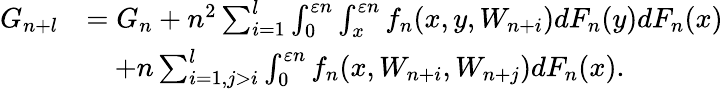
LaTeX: \begin{array}{rl}{G_{n+l}}&{=G_{n}+n^{2}\sum_{i=1}^{l}\int_{0}^{\varepsilon n}\int_{x}^{\varepsilon n}f_{n}(x,y,W_{n+i})dF_{n}(y)dF_{n}(x)}\\ &{\quad+n\sum_{i=1,j>i}^{l}\int_{0}^{\varepsilon n}f_{n}(x,W_{n+i},W_{n+j})dF_{n}(x).}\end{array}